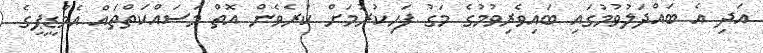
އަދި އެ ބައްދަލުވުމުގައި ބައިވެރިވުމުގެ މަގު ފަހިކުރުމަށް ކުރެވެން އޮތް މަސައްކަތްތައް އެމްޑީޕީގެ